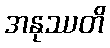
အနုဿတိ